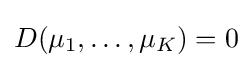
D(\mu _{1},\dots ,\mu _{K})=0